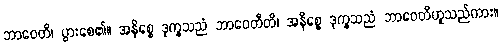
ဘာဝေတိ၊ ပွားစေ၏။ အနိစ္စေ ဒုက္ခသညံ ဘာဝေတီတိ၊ အနိစ္စေ ဒုက္ခသညံ ဘာဝေတိဟူသည်ကား။